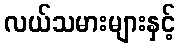
လယ်သမားများနှင့်